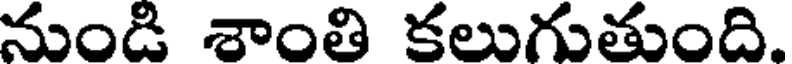
నుండి శాంతి కలుగుతుంది.